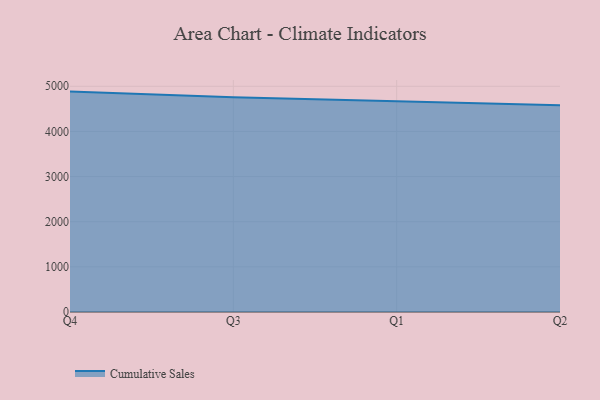
{"axis": {"x": "Quarter", "y": "Gross Profit (USD K)"}, "legend": ["Cumulative Sales"], "data": [{"x": "Q4", "y": 4882.1, "type": "Cumulative Sales"}, {"x": "Q3", "y": 4758.1, "type": "Cumulative Sales"}, {"x": "Q1", "y": 4669.4, "type": "Cumulative Sales"}, {"x": "Q2", "y": 4581.9, "type": "Cumulative Sales"}]}